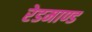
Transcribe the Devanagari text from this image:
रेडमाण्ड